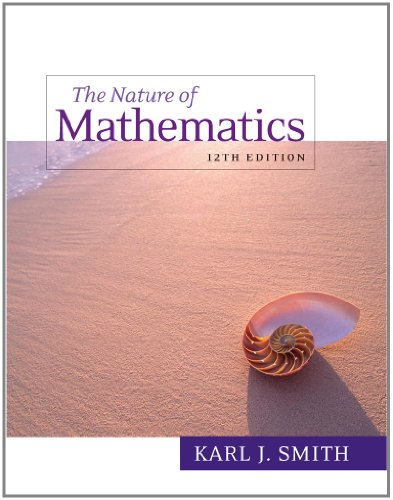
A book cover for Nature of Mathematics, 12th Edition; Karl J. Smith; Science & Math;